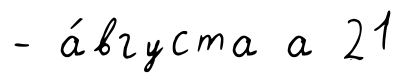
- а́вгуста а 21